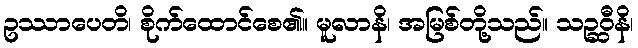
ဥဿာပေတိ၊ စိုက်ထောင်စေ၏။ မူလာနိ၊ အမြစ်တို့သည်။ သဉ္ဆဝီနိ၊